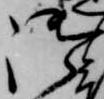
御